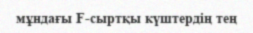
мұндағы F-сыртқы күштердің тең